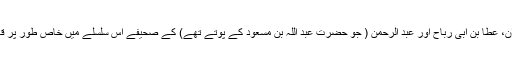
خالد بن معدان، عطا بن ابی رباح اور عبد الرحمن ( جو حضرت عبد اللہ بن مسعود کے پوتے تھے) کے صحیفے اس سلسلے میں خاص طور پر قابل ذکر ہیں۔